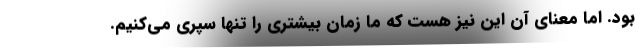
بود. اما معنای آن این نیز هست که ما زمان بیشتری را تنها سپری می‌کنیم.